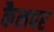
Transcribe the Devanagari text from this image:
कैलपर